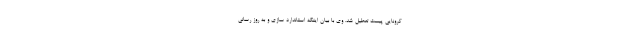
کرونایی پیست تعطیل شد. وی با بیان اینکه استاندارد سازی و به روز رسانی